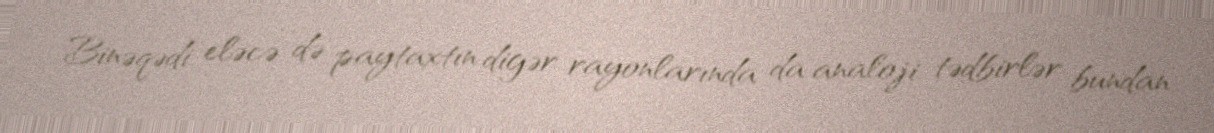
Binəqədi, eləcə də paytaxtın digər rayonlarında da analoji tədbirlər bundan